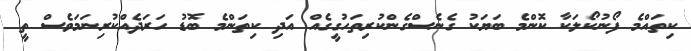
ކިތައްމެ ފޯނުކޯލަކާ ކޮންމެ ބަޔަކު ގެނެސްގެންކުރިތަހުގީގެއް އަދި ކިތަންމެ ބޮޑު ހަރަދެއްކުރިނަމަވެސް ތީ